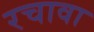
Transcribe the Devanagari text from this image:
रचावा